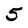
Character: 5